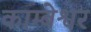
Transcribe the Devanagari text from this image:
काम्बेश्वर